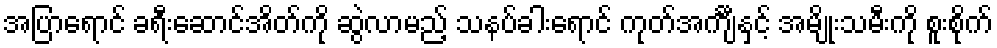
အပြာရောင် ခရီးဆောင်အိတ်ကို ဆွဲလာမည့် သနပ်ခါးရောင် ကုတ်အင်္ကျီနှင့် အမျိုးသမီးကို စူးစိုက်